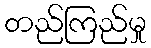
တည်ကြည်မှု